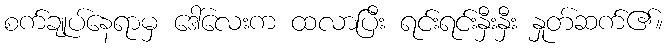
စက်ချုပ်နေရာမှ ဒေါ်လေးက ထလာပြီး ရင်းရင်းနှီးနှီး နှုတ်ဆက်၏။